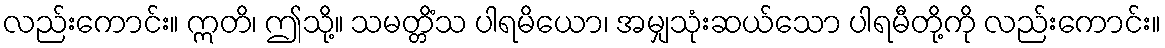
လည်းကောင်း။ ဣတိ၊ ဤသို့။ သမတ္တိံသ ပါရမိယော၊ အမျှသုံးဆယ်သော ပါရမီတို့ကို လည်းကောင်း။